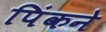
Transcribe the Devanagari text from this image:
पिंकने